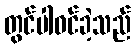
တွင်ပါဝင်ခဲ့သည်